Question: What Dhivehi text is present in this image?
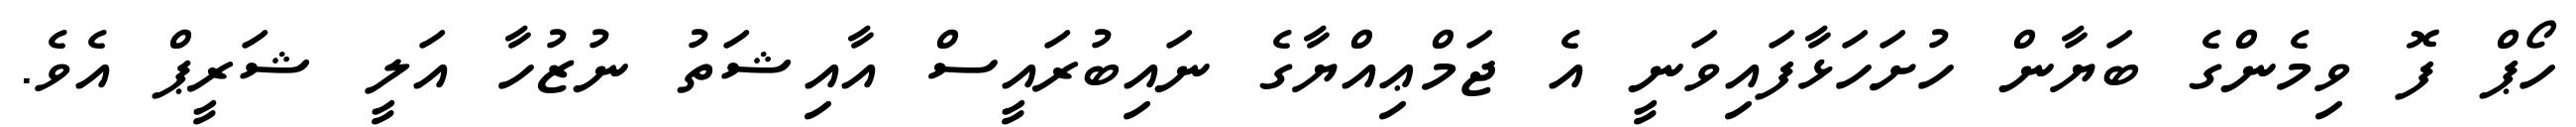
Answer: ހޯޕް ފޮ ވިމެންގެ ބަޔާން ހުށަހަޅާފައިވަނީ އެ ޖަމްޢިއްޔާގެ ނައިބުރައީސް އާއިޝަތު ނުޒުހާ އަލީ ޝަރީޕް އެވެ.